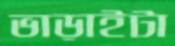
ভাড়াইটা